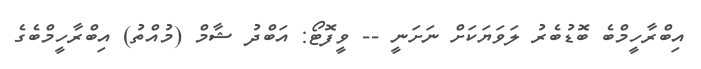
އިބްރާހީމްބެ ބޮޑުބެރު ލަވަޔަކަށް ނަށަނީ -- ވީފޮޓޯ: އަބްދު ޝާމް (މުއްތު) އިބްރާހީމްބެގެ